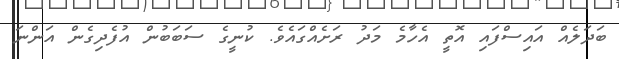
ބަދަލެއް އައިސްފައި އޮތީ އެހާމެ މަދު ރަށެއްގައެވެ. ކުނީގެ ސަބަބުން އުފެދިގެން އަންނަ